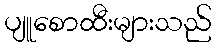
ပျူစောထီးများသည်